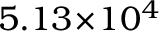
5 . 1 3 \! \times \! 1 0 ^ { 4 }